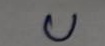
บ